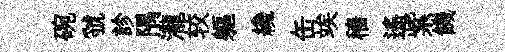
碗虢診隅瀧较軀纔缶竢穡遙紫饑